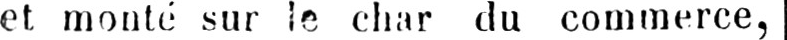
et monté sur le char du commerce,